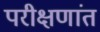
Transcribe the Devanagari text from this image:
परीक्षणांत